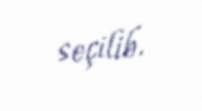
seçilib.